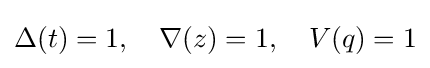
\Delta (t)=1,\quad \nabla (z)=1,\quad V(q)=1